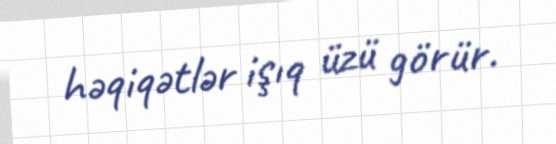
həqiqətlər işıq üzü görür.